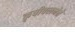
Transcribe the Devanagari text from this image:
कृषीवलनेते